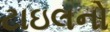
ટાઇલનો